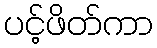
ပင့်ဖိတ်ကာ